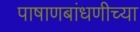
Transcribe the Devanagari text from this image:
पाषाणबांधणीच्या